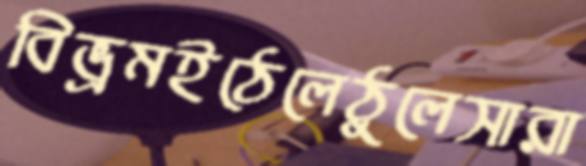
বিভ্রমইঠেলেঠুলেসারা